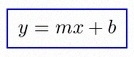
y=mx+b